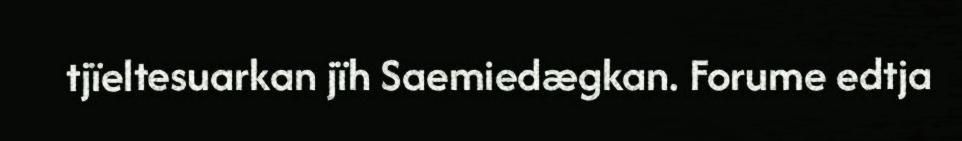
tjïeltesuarkan jïh Saemiedægkan. Forume edtja